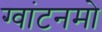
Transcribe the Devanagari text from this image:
ग्वांटनमो